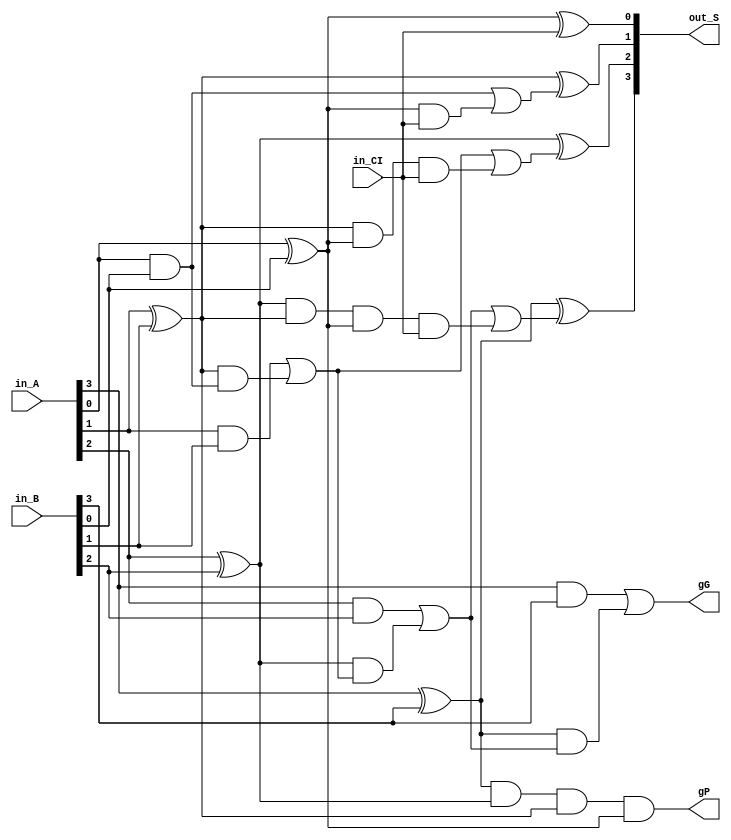
module VCLA_64_b4 (in_A, in_B, in_CI, out_S, gG, gP);
  input [3:0] in_A, in_B;
  input in_CI;
  output [3:0] out_S;
  output gG, gP;

  assign nG_0_0 = in_A[0] & in_B[0];
  assign nG_1_1 = in_A[1] & in_B[1];
  assign nG_2_2 = in_A[2] & in_B[2];
  assign nG_3_3 = in_A[3] & in_B[3];
  assign nP_0_0 = in_A[0] ^ in_B[0];
  assign nP_1_1 = in_A[1] ^ in_B[1];
  assign nP_2_2 = in_A[2] ^ in_B[2];
  assign nP_3_3 = in_A[3] ^ in_B[3];

  assign nG_1_0 = nG_1_1 | (nP_1_1 & nG_0_0);
  assign nG_2_0 = nG_2_2 | (nP_2_2 & (nG_1_1 | (nP_1_1 & nG_0_0)));
  assign nG_3_0 = nG_3_3 | (nP_3_3 & (nG_2_2 | (nP_2_2 & (nG_1_1 | (nP_1_1 & nG_0_0)))));
  assign nP_1_0 = nP_1_1 & nP_0_0;
  assign nP_2_0 = nP_2_2 & nP_1_1 & nP_0_0;
  assign nP_3_0 = nP_3_3 & nP_2_2 & nP_1_1 & nP_0_0;

  assign nC_1 = nG_0_0 | (nP_0_0 & in_CI);
  assign nC_2 = nG_1_0 | (nP_1_0 & in_CI);
  assign nC_3 = nG_2_0 | (nP_2_0 & in_CI);

  assign out_S[0] = nP_0_0 ^ in_CI;
  assign out_S[1] = nP_1_1 ^ nC_1;
  assign out_S[2] = nP_2_2 ^ nC_2;
  assign out_S[3] = nP_3_3 ^ nC_3;

  assign gG = nG_3_0;
  assign gP = nP_3_0;
endmodule



module VCLA_64_g4 (gGin, gPin, in_CI, gGout, gPout, out_CO);
  input [3:0] gGin, gPin;
  input in_CI;
  output gGout, gPout;
  output [3:0] out_CO;

  assign nG_0_0 = gGin[0];
  assign nG_1_0 = gGin[1] | (gPin[1] & gGin[0]);
  assign nG_2_0 = gGin[2] | (gPin[2] & (gGin[1] | (gPin[1] & gGin[0])));
  assign nG_3_0 = gGin[3] | (gPin[3] & (gGin[2] | (gPin[2] & (gGin[1] | (gPin[1] & gGin[0])))));
  assign nP_0_0 = gPin[0];
  assign nP_1_0 = gPin[1] & gPin[0];
  assign nP_2_0 = gPin[2] & gPin[1] & gPin[0];
  assign nP_3_0 = gPin[3] & gPin[2] & gPin[1] & gPin[0];

  assign gGout = nG_3_0;
  assign gPout = nP_3_0;
  assign out_CO[0] = nG_0_0 | (nP_0_0 & in_CI);
  assign out_CO[1] = nG_1_0 | (nP_1_0 & in_CI);
  assign out_CO[2] = nG_2_0 | (nP_2_0 & in_CI);
  assign out_CO[3] = nG_3_0 | (nP_3_0 & in_CI);
endmodule



module VCLA_64 (in_A, in_B, in_CI, out_S, out_CO);
  input [63:0] in_A, in_B;
  input in_CI;
  output [63:0] out_S;
  output out_CO;

  assign nC_0 = in_CI;
  VCLA_64_b4 U_lv1_0 (.in_A(in_A[3:0]), .in_B(in_B[3:0]), .in_CI(nC_0), .out_S(out_S[3:0]), .gG(nG_3_0), .gP(nP_3_0));
  VCLA_64_b4 U_lv1_1 (.in_A(in_A[7:4]), .in_B(in_B[7:4]), .in_CI(nC_4), .out_S(out_S[7:4]), .gG(nG_7_4), .gP(nP_7_4));
  VCLA_64_b4 U_lv1_2 (.in_A(in_A[11:8]), .in_B(in_B[11:8]), .in_CI(nC_8), .out_S(out_S[11:8]), .gG(nG_11_8), .gP(nP_11_8));
  VCLA_64_b4 U_lv1_3 (.in_A(in_A[15:12]), .in_B(in_B[15:12]), .in_CI(nC_12), .out_S(out_S[15:12]), .gG(nG_15_12), .gP(nP_15_12));
  VCLA_64_b4 U_lv1_4 (.in_A(in_A[19:16]), .in_B(in_B[19:16]), .in_CI(nC_16), .out_S(out_S[19:16]), .gG(nG_19_16), .gP(nP_19_16));
  VCLA_64_b4 U_lv1_5 (.in_A(in_A[23:20]), .in_B(in_B[23:20]), .in_CI(nC_20), .out_S(out_S[23:20]), .gG(nG_23_20), .gP(nP_23_20));
  VCLA_64_b4 U_lv1_6 (.in_A(in_A[27:24]), .in_B(in_B[27:24]), .in_CI(nC_24), .out_S(out_S[27:24]), .gG(nG_27_24), .gP(nP_27_24));
  VCLA_64_b4 U_lv1_7 (.in_A(in_A[31:28]), .in_B(in_B[31:28]), .in_CI(nC_28), .out_S(out_S[31:28]), .gG(nG_31_28), .gP(nP_31_28));
  VCLA_64_b4 U_lv1_8 (.in_A(in_A[35:32]), .in_B(in_B[35:32]), .in_CI(nC_32), .out_S(out_S[35:32]), .gG(nG_35_32), .gP(nP_35_32));
  VCLA_64_b4 U_lv1_9 (.in_A(in_A[39:36]), .in_B(in_B[39:36]), .in_CI(nC_36), .out_S(out_S[39:36]), .gG(nG_39_36), .gP(nP_39_36));
  VCLA_64_b4 U_lv1_10 (.in_A(in_A[43:40]), .in_B(in_B[43:40]), .in_CI(nC_40), .out_S(out_S[43:40]), .gG(nG_43_40), .gP(nP_43_40));
  VCLA_64_b4 U_lv1_11 (.in_A(in_A[47:44]), .in_B(in_B[47:44]), .in_CI(nC_44), .out_S(out_S[47:44]), .gG(nG_47_44), .gP(nP_47_44));
  VCLA_64_b4 U_lv1_12 (.in_A(in_A[51:48]), .in_B(in_B[51:48]), .in_CI(nC_48), .out_S(out_S[51:48]), .gG(nG_51_48), .gP(nP_51_48));
  VCLA_64_b4 U_lv1_13 (.in_A(in_A[55:52]), .in_B(in_B[55:52]), .in_CI(nC_52), .out_S(out_S[55:52]), .gG(nG_55_52), .gP(nP_55_52));
  VCLA_64_b4 U_lv1_14 (.in_A(in_A[59:56]), .in_B(in_B[59:56]), .in_CI(nC_56), .out_S(out_S[59:56]), .gG(nG_59_56), .gP(nP_59_56));
  VCLA_64_b4 U_lv1_15 (.in_A(in_A[63:60]), .in_B(in_B[63:60]), .in_CI(nC_60), .out_S(out_S[63:60]), .gG(nG_63_60), .gP(nP_63_60));

  VCLA_64_g4 U_lv2_0 (.gGin({nG_15_12, nG_11_8, nG_7_4, nG_3_0}), .gPin({nP_15_12, nP_11_8, nP_7_4, nP_3_0}), .in_CI(nC_0), .gGout(nG_15_0), .gPout(nP_15_0), .out_CO({nC_16_nc, nC_12, nC_8, nC_4}));
  VCLA_64_g4 U_lv2_1 (.gGin({nG_31_28, nG_27_24, nG_23_20, nG_19_16}), .gPin({nP_31_28, nP_27_24, nP_23_20, nP_19_16}), .in_CI(nC_16), .gGout(nG_31_16), .gPout(nP_31_16), .out_CO({nC_32_nc, nC_28, nC_24, nC_20}));
  VCLA_64_g4 U_lv2_2 (.gGin({nG_47_44, nG_43_40, nG_39_36, nG_35_32}), .gPin({nP_47_44, nP_43_40, nP_39_36, nP_35_32}), .in_CI(nC_32), .gGout(nG_47_32), .gPout(nP_47_32), .out_CO({nC_48_nc, nC_44, nC_40, nC_36}));
  VCLA_64_g4 U_lv2_3 (.gGin({nG_63_60, nG_59_56, nG_55_52, nG_51_48}), .gPin({nP_63_60, nP_59_56, nP_55_52, nP_51_48}), .in_CI(nC_48), .gGout(nG_63_48), .gPout(nP_63_48), .out_CO({nC_64_nc, nC_60, nC_56, nC_52}));

  VCLA_64_g4 U_lv3_0 (.gGin({nG_63_48, nG_47_32, nG_31_16, nG_15_0}), .gPin({nP_63_48, nP_47_32, nP_31_16, nP_15_0}), .in_CI(nC_0), .gGout(nG_63_0), .gPout(nP_63_0), .out_CO({nC_64, nC_48, nC_32, nC_16}));

  assign out_CO = nC_64;
endmodule